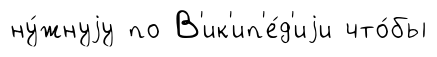
ну́жнуjу по В'ик'ип'е́д'иjи что́бы